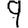
Digit: 9